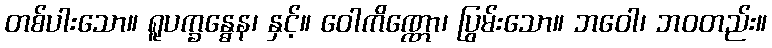
တစ်ပါးသော။ ရူပက္ခန္ဓေန၊ နှင့်။ ဝေါကိဏ္ဏော၊ ပြွမ်းသော။ ဘဝေါ၊ ဘဝတည်း။